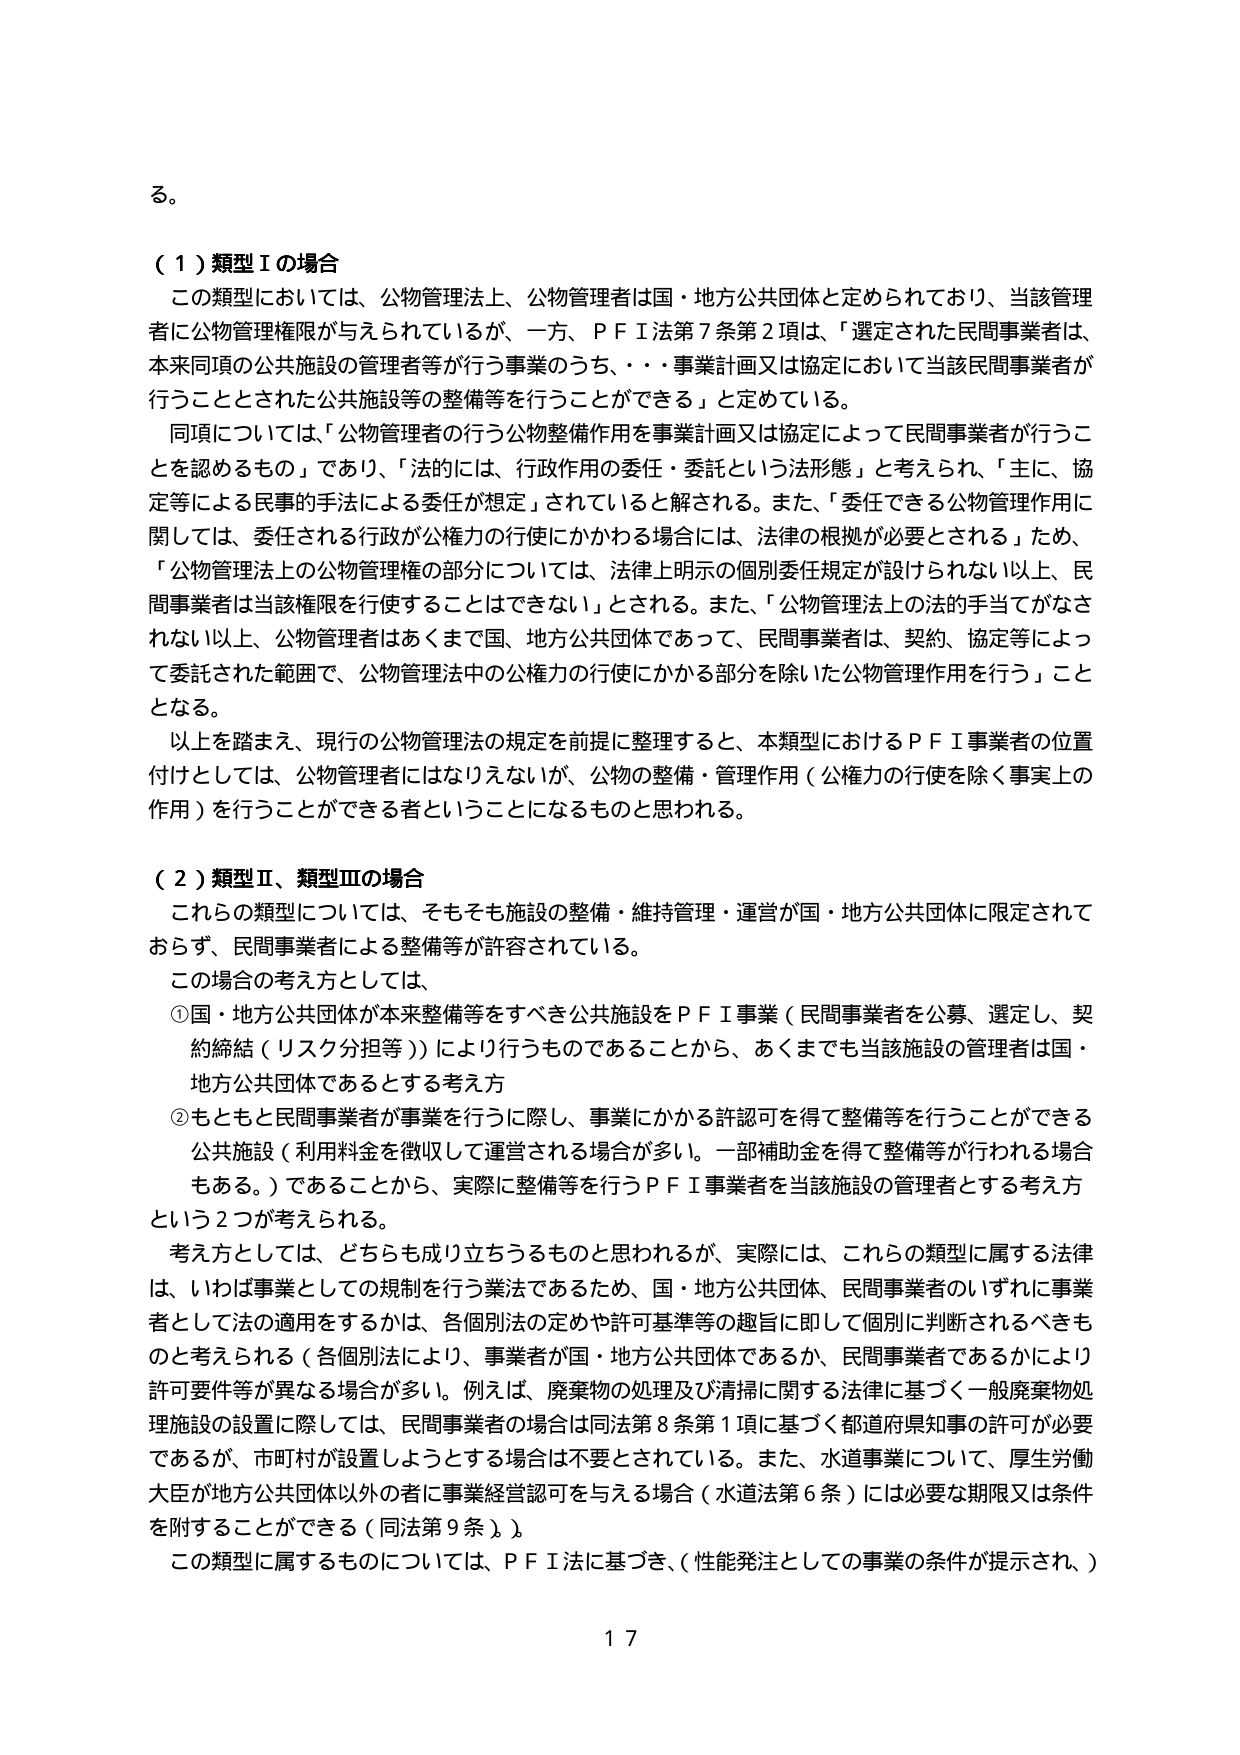
る。

（１）類型Ⅰの場合
この類型においては、公物管理法上、公物管理者は国・地方公共団体と定められており、当該管理者に公物管理権限が与えられているが、一方、ＰＦＩ法第７条第２項は、「選定された民間事業者は、本来同項の公共施設の管理者等が行う事業のうち、・・・事業計画又は協定において当該民間事業者が行うこととされた公共施設等の整備等を行うことができる」と定めている。
同項については、「公物管理者の行う公物整備作用を事業計画又は協定によって民間事業者が行うことを認めるもの」であり、「法的には、行政作用の委任・委託という法形態」と考えられ、「主に、協定等による民事的手法による委任が想定」されていると解される。また、「委任できる公物管理作用に関しては、委任される行政が公権力の行使にかかわる場合には、法律の根拠が必要とされる」ため、「公物管理法上の公物管理権の部分については、法律上明示の個別委任規定が設けられない以上、民間事業者は当該権限を行使することはできない」とされる。また、「公物管理法上の法的手当てがなされない以上、公物管理者はあくまで国、地方公共団体であって、民間事業者は、契約、協定等によって委託された範囲で、公物管理法中の公権力の行使にかかる部分を除いた公物管理作用を行う」こととなる。
以上を踏まえ、現行の公物管理法の規定を前提に整理すると、本類型におけるＰＦＩ事業者の位置付けとしては、公物管理者にはなりえないが、公物の整備・管理作用（公権力の行使を除く事実上の作用）を行うことができる者ということになるものと思われる。

（２）類型Ⅱ、類型Ⅲの場合
これらの類型については、そもそも施設の整備・維持管理・運営が国・地方公共団体に限定されておらず、民間事業者による整備等が許容されている。
この場合の考え方としては、
①国・地方公共団体が本来整備等をすべき公共施設をＰＦＩ事業（民間事業者を公募、選定し、契約締結（リスク分担等））により行うものであることから、あくまでも当該施設の管理者は国・地方公共団体であるとする考え方
②もともと民間事業者が事業を行うに際し、事業にかかる許認可を得て整備等を行うことができる公共施設（利用料金を徴収して運営される場合が多い。一部補助金を得て整備等が行われる場合もある。）であることから、実際に整備等を行うＰＦＩ事業者を当該施設の管理者とする考え方
という２つが考えられる。
考え方としては、どちらも成り立つものと思われるが、実際には、これらの類型に属する法律は、いわば事業としての規制を行う業法であるため、国・地方公共団体、民間事業者のいずれに事業者として法の適用をするかは、各個別法の定めや許可基準等の趣旨に即して個別に判断されるべきものと考えられる（各個別法により、事業者が国・地方公共団体であるか、民間事業者であるかにより許可要件等が異なる場合が多い。例えば、廃棄物の処理及び清掃に関する法律に基づく一般廃棄物処理施設の設置に際しては、民間事業者の場合は同法第８条第１項に基づく都道府県知事の許可が必要であるが、市町村が設置しようとする場合は不要とされている。また、水道事業について、厚生労働大臣が地方公共団体以外の者に事業経営認可を与える場合（水道法第６条）には必要な期限又は条件を附することができる（同法第９条））。
この類型に属するものについては、ＰＦＩ法に基づき、（性能発注としての事業の条件が提示され、）

１７